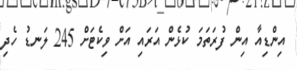
އިންޑިއާ އިން ފުރަތަމަ ކުޅެން އަރައި އަށް ވިކެޓަށް 245 ލަނޑު ހެދި